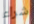
شراء